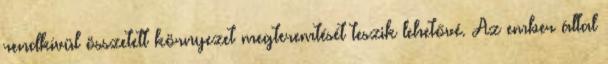
rendkívül összetett környezet megteremtését teszik lehetővé. Az ember által